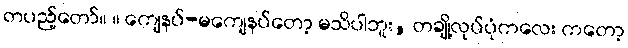
တပည့်တော်။ ။ ကျေနပ်-မကျေနပ်တော့ မသိပါဘူး, တချို့လုပ်ပုံကလေး ကတော့